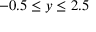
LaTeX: - 0 . 5 \leq y \leq 2 . 5